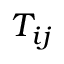
T _ { i j }